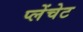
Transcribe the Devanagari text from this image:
प्लेंचेट